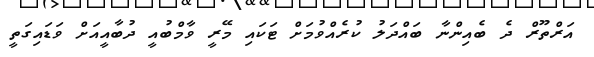
އަރްތޫރް ދެ ބެއިންނާ ބައްދަލު ކުރެއްވުމަށް ޓަކައި މޭރީ ވާމްބުއީ ދުބާއީއަށް ވަޑައިގަތީ